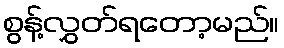
စွန့်လွှတ်ရတော့မည်။